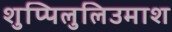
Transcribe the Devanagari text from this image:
शुप्पिलुलिउमाश